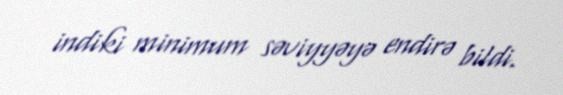
indiki minimum səviyyəyə endirə bildi.